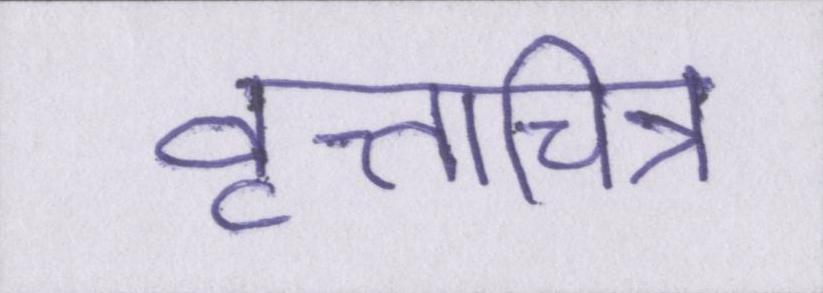
वृत्तचित्र